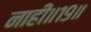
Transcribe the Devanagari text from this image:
नाहीं॥१९॥